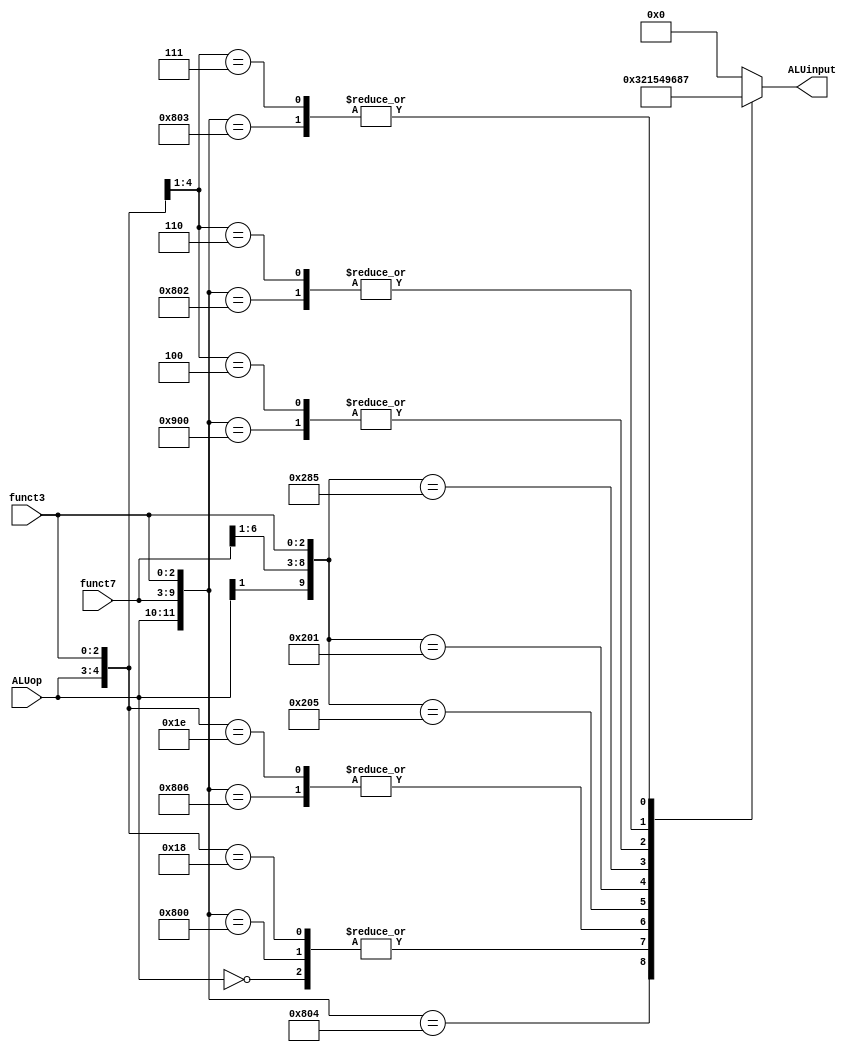
`timescale 1ns / 1ps

module ALUcontrol #(
    parameter ALUOP_WIDTH = 2,
    parameter F7_WIDTH = 7,
    parameter F3_WIDTH = 3,
    parameter ALU_WIDTH = 4
)(
    input [ALUOP_WIDTH-1:0] ALUop,
    input [F7_WIDTH-1:0] funct7,
    input [F3_WIDTH-1:0] funct3,
    output reg [ALU_WIDTH-1:0] ALUinput
);
    // ld, sd
    localparam LD_SD_CASE =     12'b00xxxxxxxxxx;
    // R-type
    localparam ADD_CASE =       12'b100000000000;
    localparam ADDI_CASE =      12'b11xxxxxxx000;
    localparam SUB_CASE =       12'b100100000000;
    localparam AND_CASE =       12'b100000000111;
    localparam OR_CASE =        12'b100000000110;
    localparam ORI_CASE =       12'b11xxxxxxx110;
    localparam XOR_CASE =       12'b100000000100;
    // S-type
    localparam SRL_CASE =       12'b1x000000x101;
    localparam SLL_CASE =       12'b1x000000x001;
    localparam SRA_CASE =       12'b1x010000x101;
    // U-type
    localparam SLTU_CASE =      12'b100000000011;
    localparam SLT_CASE =       12'b100000000010;
    // B-type
    localparam BEQ_BNE_CASE =   12'b01xxxxxxx00x;
    localparam BLT_BGE_CASE =   12'b01xxxxxxx10x;
    localparam BLTU_BGEU_CASE = 12'b01xxxxxxx11x;

    always @(ALUop, funct7, funct3) begin
        casex({ALUop, funct7, funct3})
            // Load and Store operations
            LD_SD_CASE: ALUinput = 4'b0010; // ld, sd
        
            // Register-Register ALU operations
            ADD_CASE: ALUinput = 4'b0010; // add
            SUB_CASE: ALUinput = 4'b0110; // sub
            AND_CASE: ALUinput = 4'b0000; // and
            OR_CASE: ALUinput = 4'b0001; // or
            XOR_CASE: ALUinput = 4'b0011; // xor

            // Immediate ALU operations
            ADDI_CASE: ALUinput = 4'b0010; // addi
            ORI_CASE: ALUinput = 4'b0001; // ori
            SRL_CASE: ALUinput = 4'b0101; // srl, srli
            SLL_CASE: ALUinput = 4'b0100; // sll, slli
            SRA_CASE: ALUinput = 4'b1001; // sra, srai

            // Comparison operations
            SLTU_CASE: ALUinput = 4'b0111; // sltu
            SLT_CASE: ALUinput = 4'b1000; // slt

            // Branch operations
            BEQ_BNE_CASE: ALUinput = 4'b0110; // beq, bne
            BLT_BGE_CASE: ALUinput = 4'b1000; // blt, bge 
            BLTU_BGEU_CASE: ALUinput = 4'b0111; // bltu, bgeu
            default: ALUinput = 4'b0000; // Default operation
        endcase 
    end

endmodule